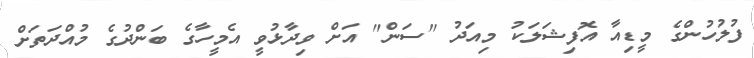
ފުލުހުންގެ މީޑިއާ އޮފިޝަލަކު މިއަދު "ސަން" އަށް ވިދާޅުވީ އެމީހާގެ ބަންދުގެ މުއްދަތަށް